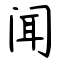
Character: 闻